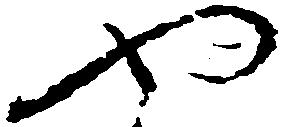
や